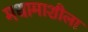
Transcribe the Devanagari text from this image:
मधामाशीला